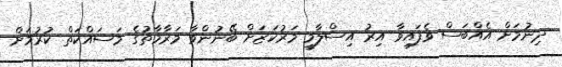
ދިނުމަށް އެއްބަސް ވެފައިވާ އިރު އިސްލާމީ މަރުކަޒަށް ބޭނުންވާ މަރާމާތުގެ މަސައްކަތް ކުރުމަށް